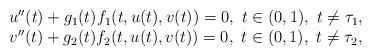
LaTeX: \begin{align*}\begin{array}{c}u''(t) + g_1(t)f_1(t, u(t),v(t)) = 0,\ t \in (0,1),\ t\neq \tau_1,\\v''(t) + g_2(t)f_2(t, u(t),v(t)) = 0,\ t \in (0,1),\ t\neq \tau_2,\end{array}\end{align*}